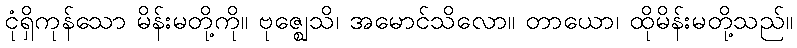
ငုံရှိကုန်သော မိန်းမတို့ကို။ ဗုဇ္ဈေသိ၊ အမောင်သိလော။ တာယော၊ ထိုမိန်းမတို့သည်။